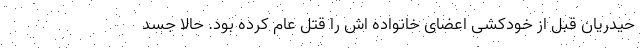
حیدریان قبل از خودکشی اعضای خانواده اش را قتل عام کرده بود. حالا جسد